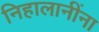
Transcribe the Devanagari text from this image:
निहालानींना